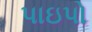
પાઇપો